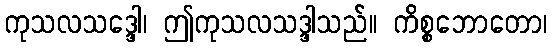
ကုသလသဒ္ဒေါ၊ ဤကုသလသဒ္ဒါသည်။ ကိစ္စဘောတော၊